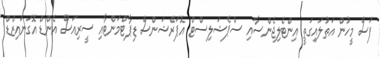
ފަސް މީހުން އަތުލައިގަތީ އިންޓެލިޖެންސާއި ސްޕެޝަލިސްޓް އޮޕަރޭޝަންސް ޑިޕާޓްމަންޓާއި ސީރިއަސް އެންޑް އޮގަނައިޒްޑް